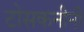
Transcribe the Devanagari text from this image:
टोसकनीनी